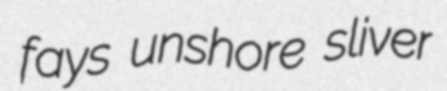
fays unshore sliver